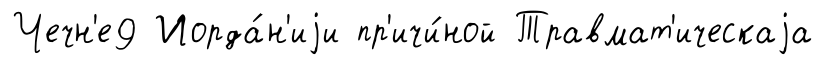
Чечн'е9 Иорда́н'иjи пр'ичи́ной Травмат'ическаjа